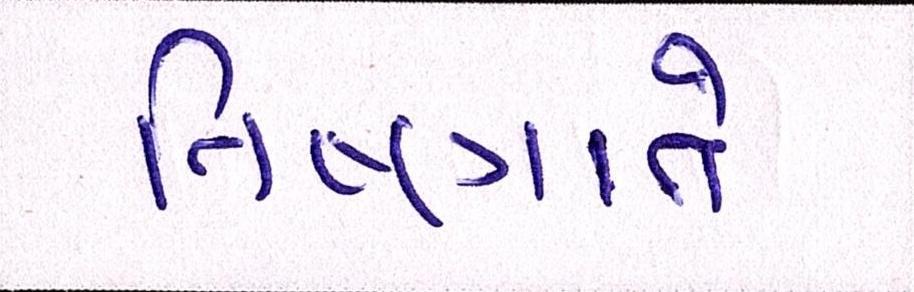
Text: નિષ્ણાતે